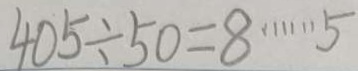
4 0 5 \div 5 0 = 8 \cdots 5